Trukikaitis_Postimees, lk 23
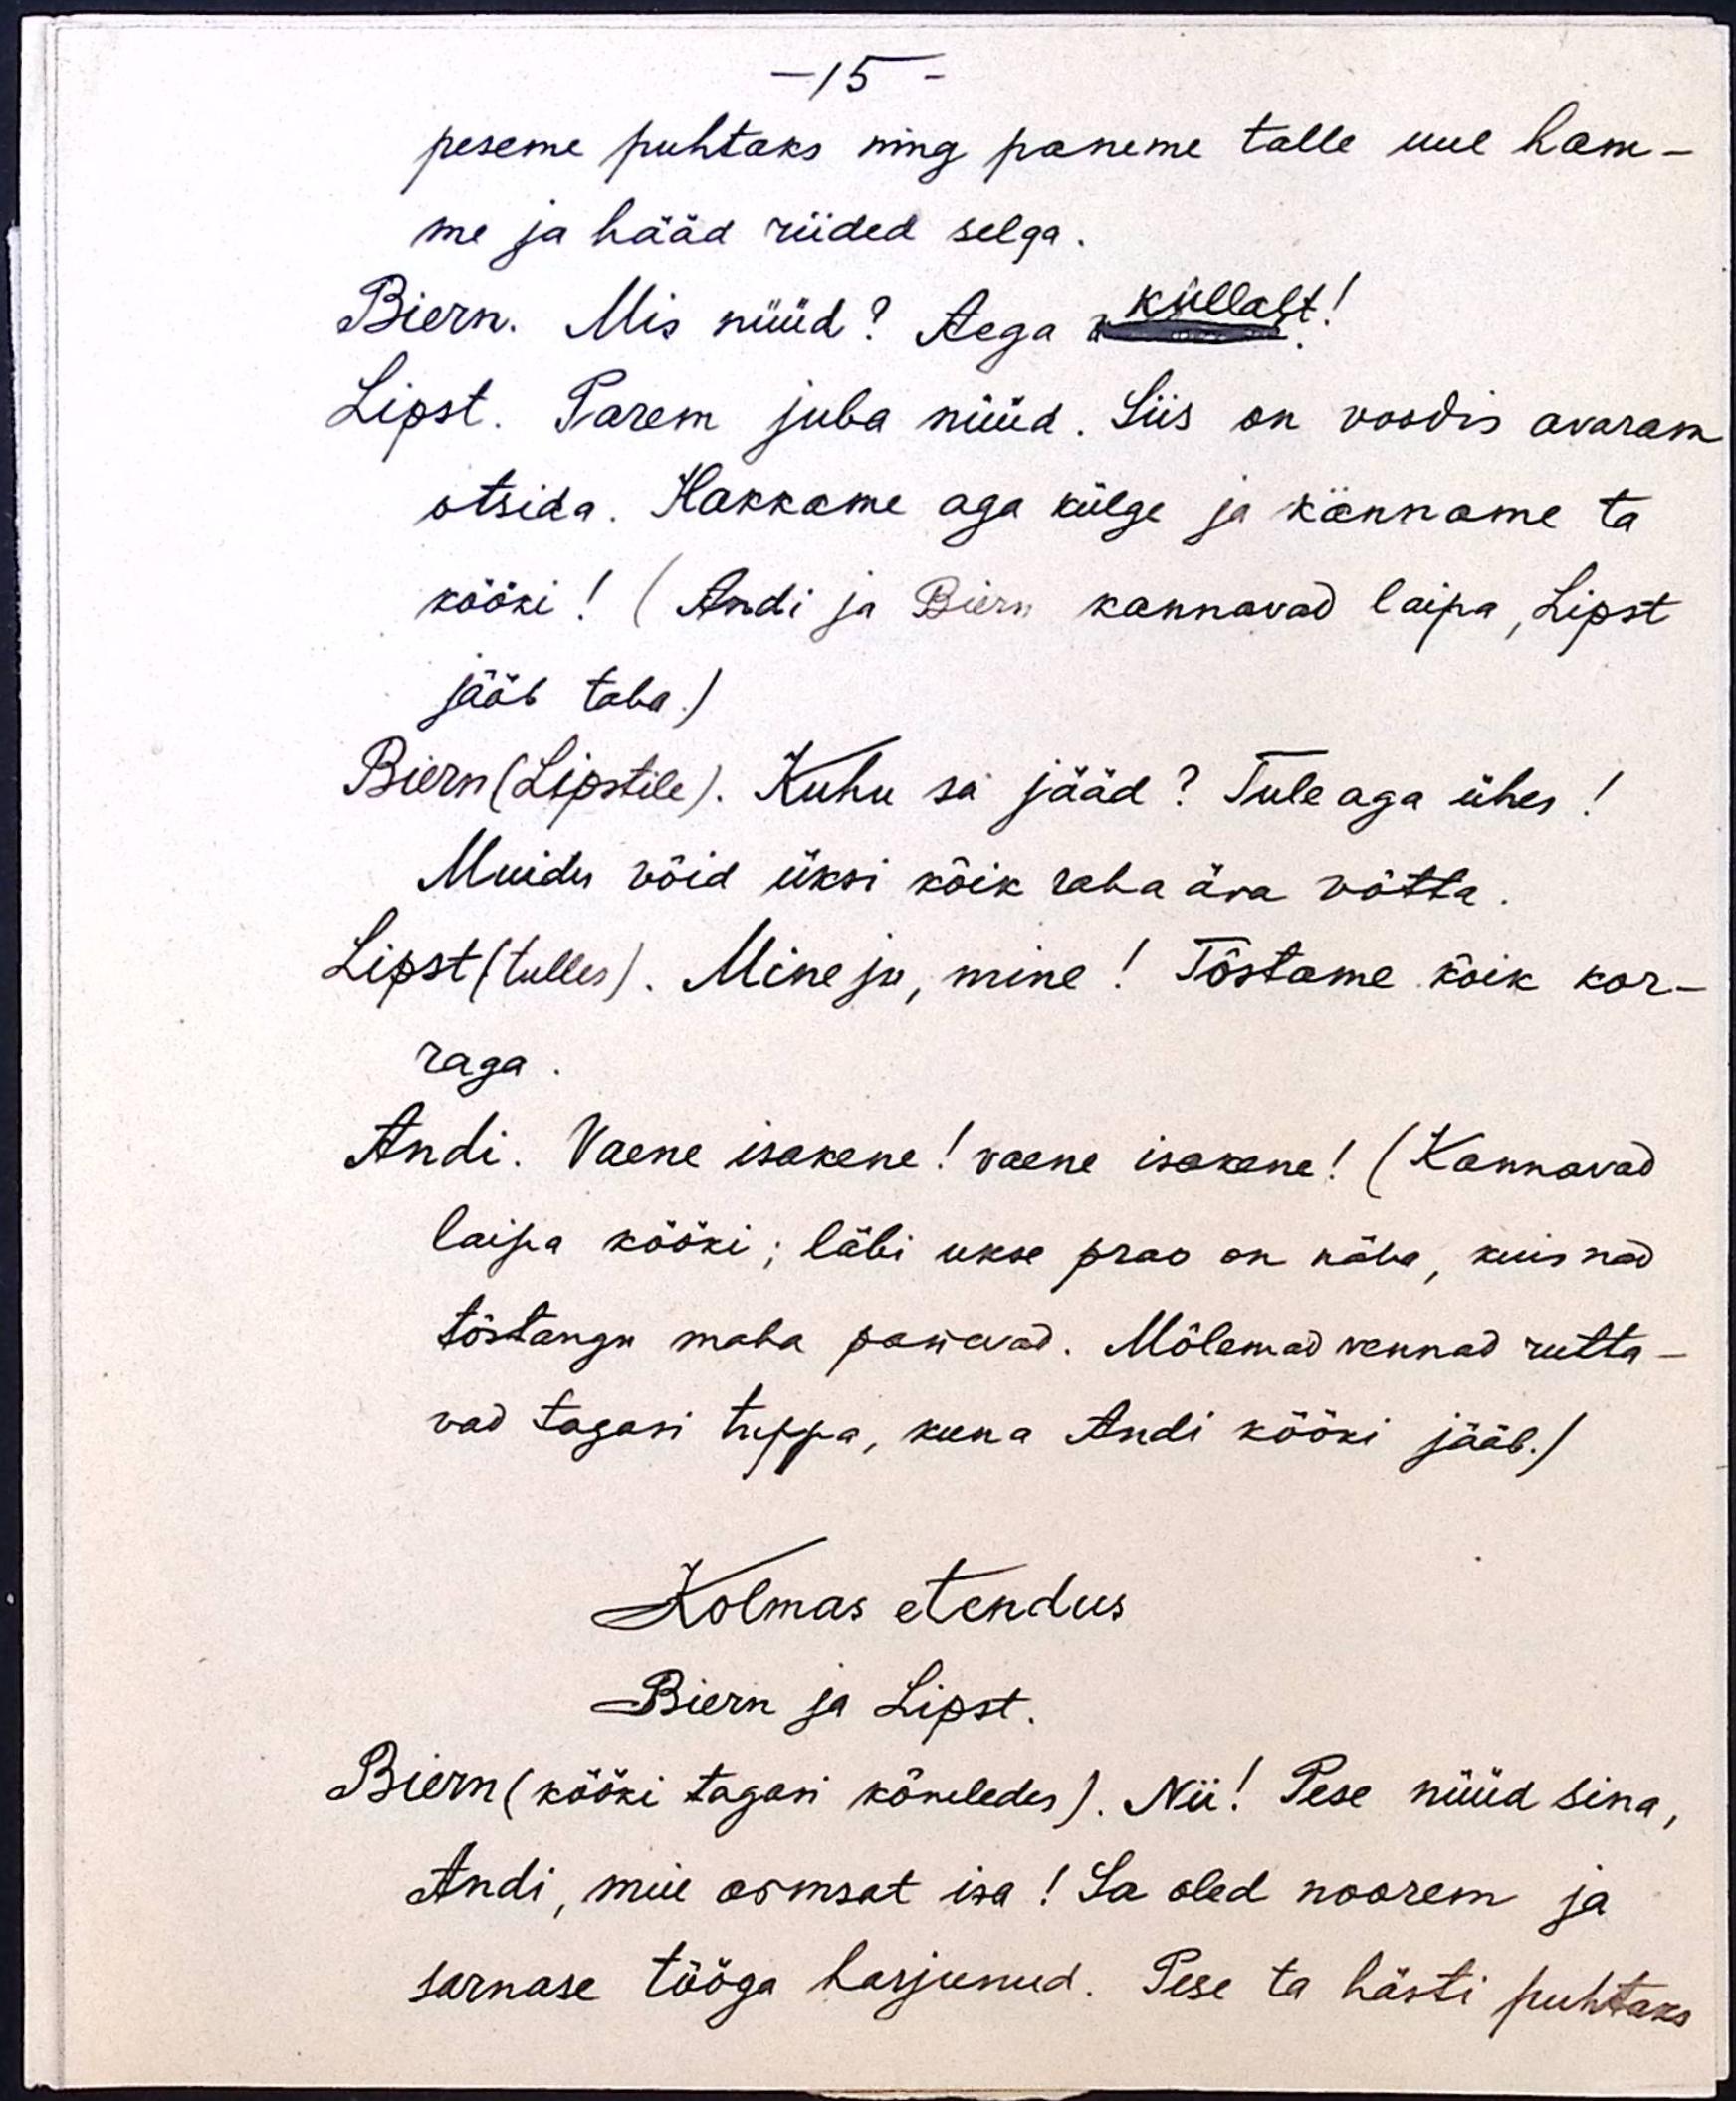
- 15 -
peseme puhtaks ning paneme talle uue ham-
me ja hääd riided selga.
Biern. Mis nüüd? Aega küllalt!
Lipst. Parem juba nüüd. Siis on voodis avaram
otsida. Hakkame aga külge ja kanname ta
kööki! (Andi ja Biern kannavad laipa, Lipst
jääb taha.)
Biern (Lipstile). Kuhu sa jääd? Tule aga ühes!
Muidu võid üksi kõik raha ära võtta.
Lipst (tulles). Mine ju, mine! Tõstame kõik kor-
raga.
Andi. Vaene isakene! vaene isakene! (Kannavad
laipa kööki; läbi ukse prao on näha, kuis nad
tõstangu maha panevad. Mõlemad vennad rutta-
vad tagasi tuppa, kuna Andi kööki jääb.)
Kolmas etendus
Biern ja Lipst.
Biern (kööki tagasi kõneledes). Nii! Pese nüüd sina,
Andi, meie armsat isa! Sa oled noorem ja
sarnase tööga harjunud. Pese ta hästi puhtaks